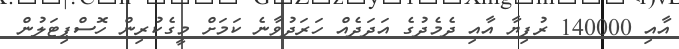
އާއި 140000 ރުފިޔާ އާއި ދެމެދުގެ އަދަދެއް ހަރަދުވާނެ ކަމަށް މީގެކުރިން ހޮސްޕިޓަލުން